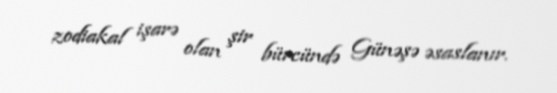
zodiakal işarə olan şir bürcündə Günəşə əsaslanır.